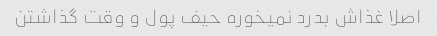
اصلا غذاش بدرد نمیخوره حیف پول و وقت گذاشتن